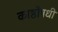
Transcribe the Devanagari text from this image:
काष्ठौषधी